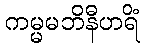
ကမ္မမဘိနီဟရိံ